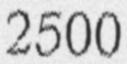
2500